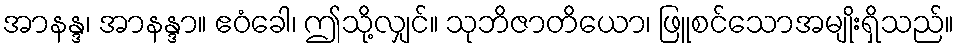
အာနန္ဒ၊ အာနန္ဒာ။ ဧဝံခေါ၊ ဤသို့လျှင်။ သုဘိဇာတိယော၊ ဖြူစင်သောအမျိုးရှိသည်။